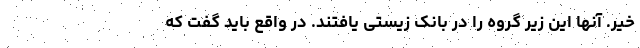
خیر. آنها این زیر گروه را در بانک زیستی یافتند. در واقع باید گفت که